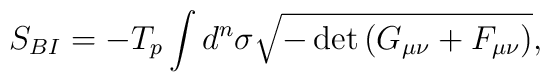
S_{BI} = -T_p \int d^n \sigma \sqrt{-\det{\left( G_{\mu \nu} +F_{\mu \nu}\right) }} ,